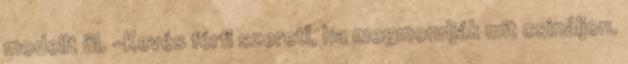
modellt ül. -Kevés férfi szereti, ha megmondják mit csináljon.